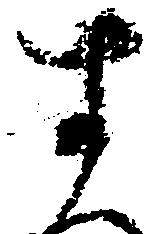
す